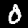
Label: 0